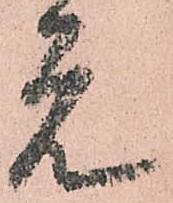
元